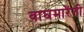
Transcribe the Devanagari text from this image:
वाघमारेंनी